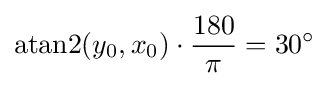
\mathrm {atan2} (y_{0},x_{0})\cdot {\frac {180}{\pi }}=30^{\circ }